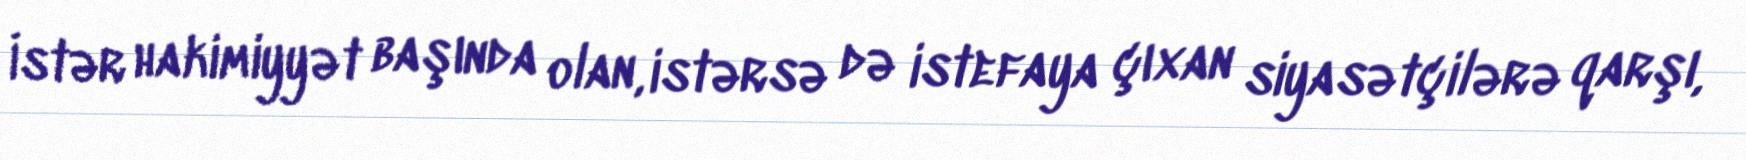
İstər hakimiyyət başında olan, istərsə də istefaya çıxan siyasətçilərə qarşı,